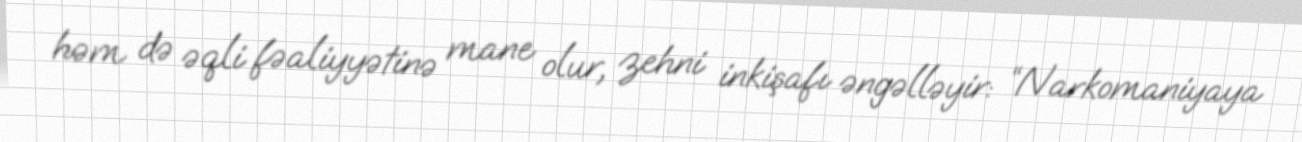
həm də əqli fəaliyyətinə mane olur, zehni inkişafı əngəlləyir: “Narkomaniyaya